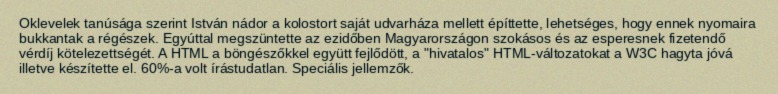
Oklevelek tanúsága szerint István nádor a kolostort saját udvarháza mellett építtette, lehetséges, hogy ennek nyomaira bukkantak a régészek. Egyúttal megszüntette az ezidőben Magyarországon szokásos és az esperesnek fizetendő vérdíj kötelezettségét. A HTML a böngészőkkel együtt fejlődött, a "hivatalos" HTML-változatokat a W3C hagyta jóvá illetve készítette el. 60%-a volt írástudatlan. Speciális jellemzők.